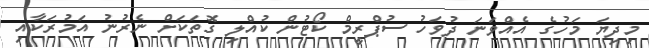
މިދިޔަ މަހުގެ އެއްވަނަ ދުވަހު ސުޕްރީމް ކޯޓުން ކުއްލި ގޮތަކަށް ނެރުނު އަމުރަކާއި